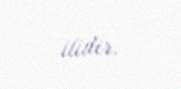
ilidir.